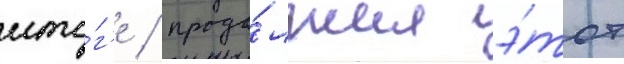
ито́г'е / продо́лжил э́тот